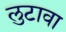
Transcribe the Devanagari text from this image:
लुटावा